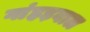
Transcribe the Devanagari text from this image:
गांहड़वाल